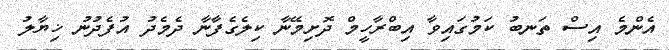
އެންމެ އިސް ތަނބު ކަމުގައިވާ އިބްރާހީމް ދޮށިމޭނާ ކިލެގެފާނާ ދެމެދު އުފެދުނު ޚިޔާލު